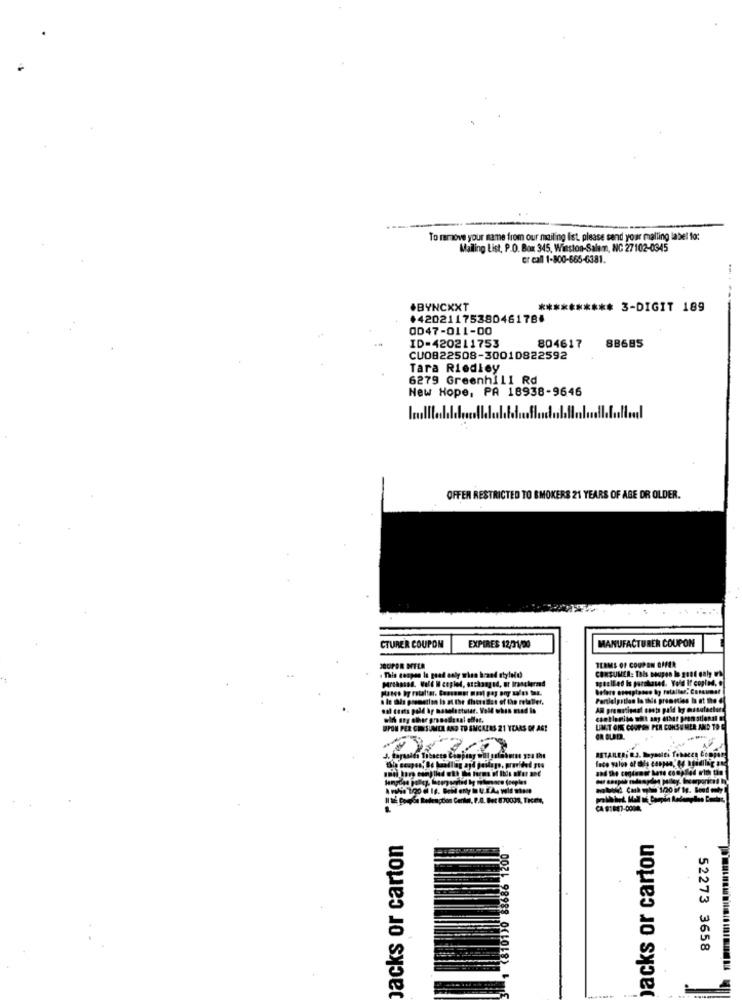
To remove your name from our mailing ist. please send your malling label to:
Mailing List, P.O. Box 345, Winston-Salem, NC 27102-0345
cr call 1-800-665-6381.
.BYNCXXT
********** 3-DIGIT 189
+42021175380461786
0047-011-00
804617
ID=420211753
BB685
CU0822508-30010822592
Tara Riedley
6279 Greenhill Rd
New Hope, PA 18938-9646
Im
OFFER RESTRICTED TO BMOKERS 21 YEARS OF ABE DR OLDER.
CTURER COUPON
MANUFACTURER COUPON
EXPIRES 12/01/00
TERMS OF COUPON DIFER
CONSUMER: Tals poupon Io good daly
partantss. Wolf W cepled, azchanged, ut Iranchermed
This coupon Is grad only when brand styleid
agaelled Is purchased. Yold If copied
before esosptasso by retailer. Consum
a le this poemsetion io at the theredias of the retailer.
sal Cents pold hp maselestutar. Voll whrs med in
with aty other gronodie sal effet.
UPON PER CHESUMCA AND TO SMCALRS 21 YEARS OF AGE
on, Be handling and postage, provided pro
fraction Cerler, P.A. Det 870031, Trcme,
Jacks or carton
jacks or carton
0190 88686 1200
52273 3658